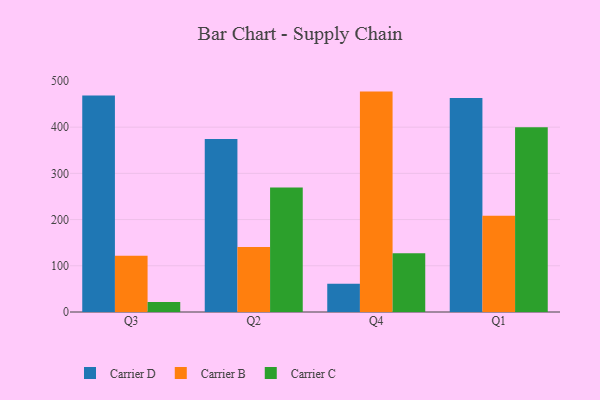
{"axis": {"x": "Quarter", "y": "Churn Rate (%)"}, "legend": ["Carrier B", "Carrier C", "Carrier D"], "data": [{"x": "Q3", "y": 468.7, "type": "Carrier D"}, {"x": "Q3", "y": 121.5, "type": "Carrier B"}, {"x": "Q3", "y": 21.6, "type": "Carrier C"}, {"x": "Q2", "y": 374.2, "type": "Carrier D"}, {"x": "Q2", "y": 140.9, "type": "Carrier B"}, {"x": "Q2", "y": 269.5, "type": "Carrier C"}, {"x": "Q4", "y": 61.1, "type": "Carrier D"}, {"x": "Q4", "y": 476.9, "type": "Carrier B"}, {"x": "Q4", "y": 127.3, "type": "Carrier C"}, {"x": "Q1", "y": 462.8, "type": "Carrier D"}, {"x": "Q1", "y": 208.2, "type": "Carrier B"}, {"x": "Q1", "y": 400.0, "type": "Carrier C"}]}